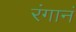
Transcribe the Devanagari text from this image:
रंगानं